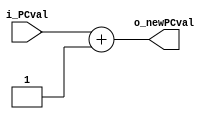
`timescale 1ns / 1ps

module pc_adder
#(
    parameter PCLEN = 11,
    parameter ADD   = 1
)
(
    input wire [PCLEN-1:0] i_PCval,
    
    output wire [PCLEN-1:0] o_newPCval
);

    reg [PCLEN-1:0] regSum;
    
    always@ (*)
    begin
        regSum <= i_PCval + ADD;
    end
    
    assign o_newPCval = regSum;
endmodule